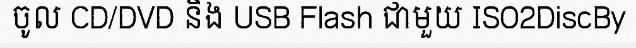
ចូល CD/DVD និង USB Flash ជាមួយ ISO2DiscBy